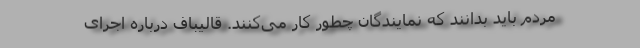
مردم باید بدانند که نمایندگان چطور کار می‌کنند. قالیباف درباره اجرای